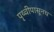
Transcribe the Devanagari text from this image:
पृथ्वीपासूनच